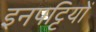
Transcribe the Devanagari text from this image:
इनपट्टियों